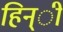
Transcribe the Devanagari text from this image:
हिन्ी